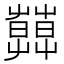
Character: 𦿑